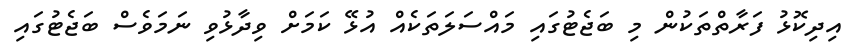
އިދިކޮޅު ފަރާތްތަކުން މި ބަޖެޓުގައި މައްސަލަތަކެއް އުޅޭ ކަމަށް ވިދާޅުވި ނަމަވެސް ބަޖެޓުގައި